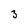
Character: 3